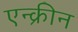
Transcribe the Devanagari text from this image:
एन्क्रीन